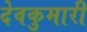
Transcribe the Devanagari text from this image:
देवकुमारी